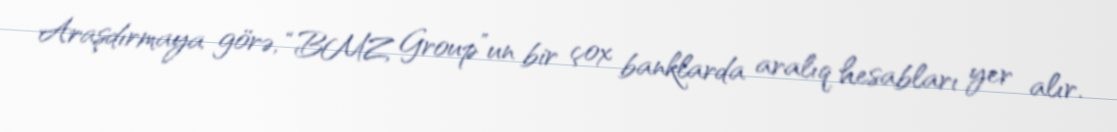
Araşdırmaya görə, “BMZ Group”un bir çox banklarda aralıq hesabları yer alır.